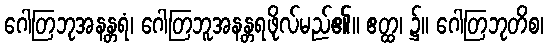
ဂေါတြဘုအနန္တရံ၊ ဂေါတြဘူအနန္တရဖိုလ်မည်၏။ ဧတ္ထ၊ ၌။ ဂေါတြဘုတိစ၊